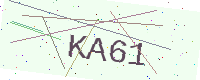
Text: KA61